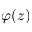
\varphi ( z )